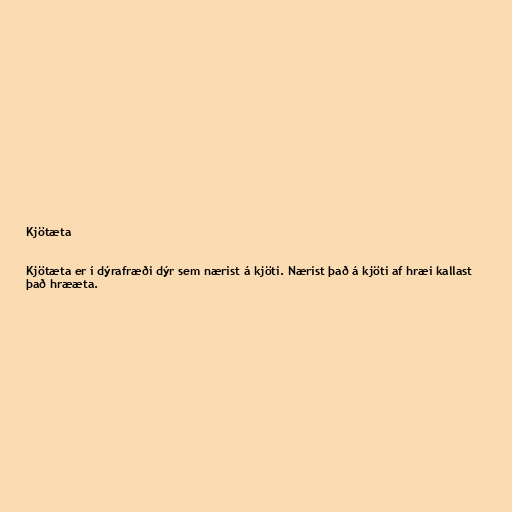
Kjötæta

Kjötæta er í dýrafræði dýr sem nærist á kjöti. Nærist það á kjöti af hræi kallast
það hrææta.